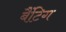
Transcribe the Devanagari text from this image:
बैंटिग